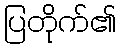
ပြတိုက်၏